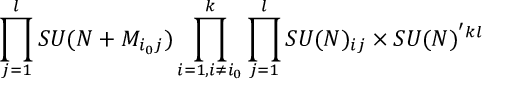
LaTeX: \prod _ { j = 1 } ^ { l } S U ( N + M _ { i _ { 0 } j } ) \prod _ { i = 1 , i \ne i _ { 0 } } ^ { k } \prod _ { j = 1 } ^ { l } S U ( N ) _ { i j } \times S U ( N ) ^ { ' k l }